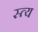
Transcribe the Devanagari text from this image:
स्त्य